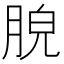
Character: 𦛮